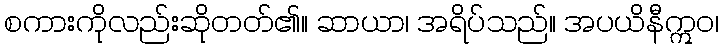
စကားကိုလည်းဆိုတတ်၏။ ဆာယာ၊ အရိပ်သည်။ အပယိနီဣဝ၊